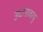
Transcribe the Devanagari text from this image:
उदारावायु